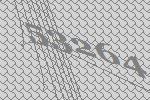
53264